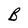
Character: B